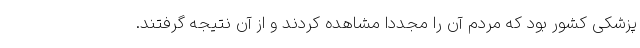
پزشکی کشور بود که مردم آن را مجددا مشاهده کردند و از آن نتیجه گرفتند.